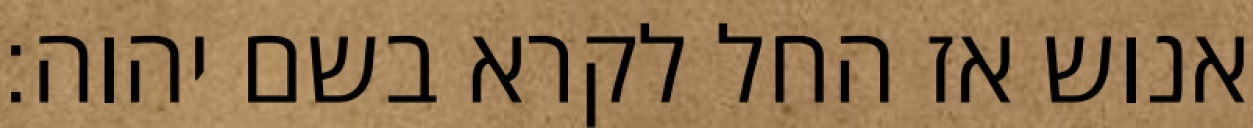
אנוש אז החל לקרא בשם יהוה׃